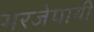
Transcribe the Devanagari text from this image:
गरजेपायी